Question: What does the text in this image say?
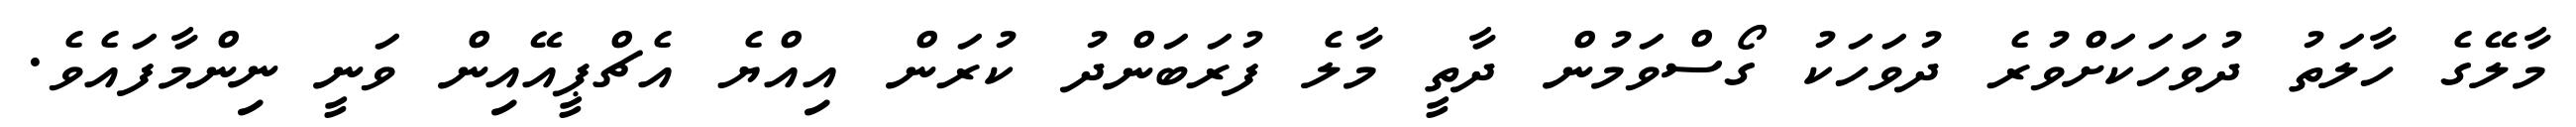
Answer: މާލޭގެ ހާލަތު ދުވަހަކަށްވުރެ ދުވަހަކު ގޯސްވަމުން ދާތީ މާލެ ފުރަބަންދު ކުރަން އިއްޔެ އެޗްޕީއޭއިން ވަނީ ނިންމާފައެވެ.